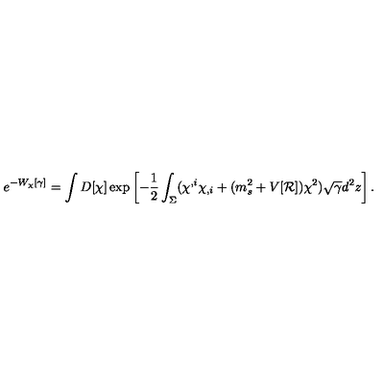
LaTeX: e ^ { - W _ { \chi } [ \gamma ] } = \int D [ \chi ] \exp \left[ - \frac 1 2 \int _ { \Sigma } ( \chi ^ { , i } \chi _ { , i } + ( m _ { s } ^ { 2 } + V [ { \cal R } ] ) \chi ^ { 2 } ) \sqrt { \gamma } d ^ { 2 } z \right] .